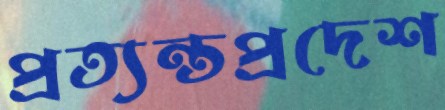
প্রত্যন্তপ্রদেশ